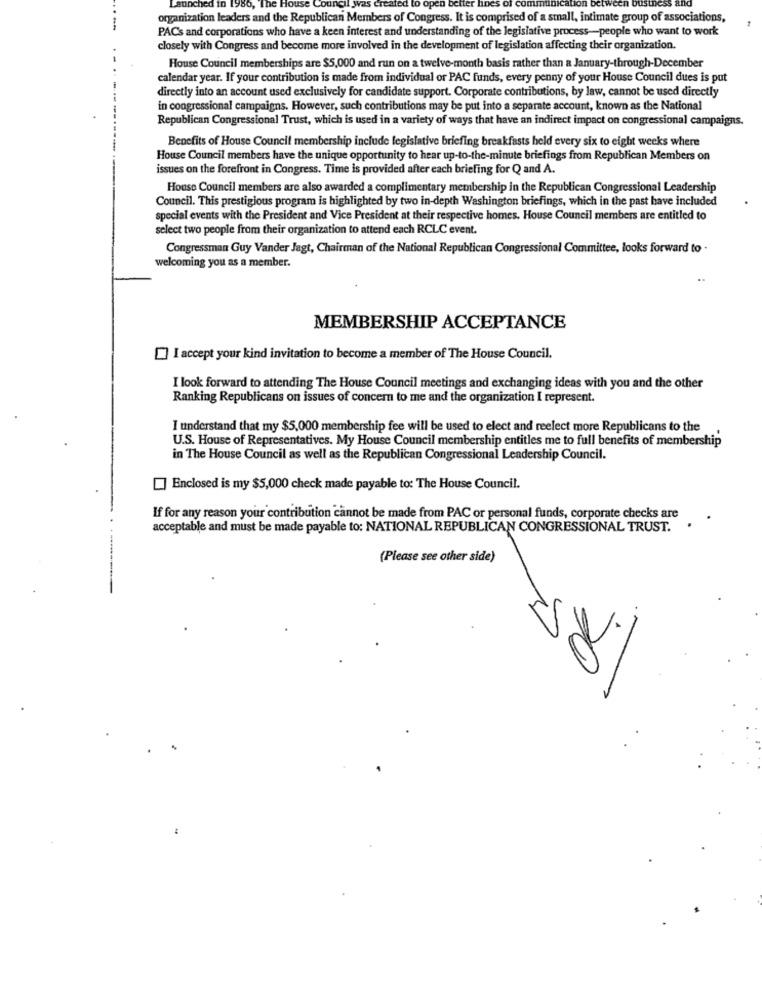
Launched in 1986,
organization leaders and the Republican Members of Congress. It is comprised of a small, intimate group of associations,
PACs and corporations who have a keen interest and understanding of the legislative process-people who want to work
closely with Congress and become more involved in the development of legislation affecting their organization.
House Council memberships are $5,000 and run on a twelve-month basis rather than a January-through-December
calendar year. If your contribution is made from individual or PAC funds, every penny of your House Council dues is put
directly into an account used exclusively for candidate support. Corporate contributions, by law, cannot be used directly
in congressional campaigns. However, such contributions may be put into a separate account, known as the National
Republican Congressional Trust, which is used in a variety of ways that have an indirect impact on congressional campaigns.
Benefits of House Council membership include legislative briefing breakfasts held every six to eight weeks where
House Council members have the unique opportunity to hear up-to-the-minute briefings from Republican Members on
issues on the forefront in Congress. Time is provided after each briefing for Q and A.
House Council members are also awarded a complimentary membership in the Republican Congressional Leadership
Council. This prestigious program is highlighted by two in-depth Washington briefings, which in the past have included
special events with the President and Vice President at their respective homes. House Council members are entitled to
select two people from their organization to attend each RCLC event.
Congressman Guy Vander Jagt, Chairman of the National Republican Congressional Committee, looks forward to -
welcoming you as a member.
MEMBERSHIP ACCEPTANCE
I accept your kind invitation to become a member of The House Council.
I look forward to attending The House Council meetings and exchanging ideas with you and the other
Ranking Republicans on issues of concern to me and the organization I represent.
I understand that my $5,000 membership fee will be used to elect and reelect more Republicans to the
U.S. House of Representatives. My House Council membership entitles me to full benefits of membership
in The House Council as well as the Republican Congressional Leadership Council.
] Enclosed is my $5,000 check made payable to: The House Council.
If for any reason your contribution cannot be made from PAC or personal funds, corporate checks are
acceptable and must be made payable to: NATIONAL REPUBLICAN CONGRESSIONAL TRUST.
(Please see other side)